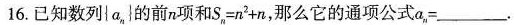
16.已知数列{a_{n}}的前n项和$$S _ { n } = n ^ { 2 } + n$$，那么它的通项公式$$a _ { n } =$$___